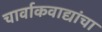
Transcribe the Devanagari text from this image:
चार्वाकवाद्यांचा